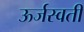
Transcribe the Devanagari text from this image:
ऊर्जस्वती